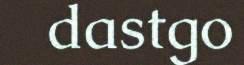
dastgo